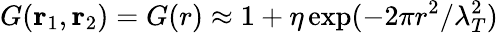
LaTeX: G(\mathbf{r}_{1},\mathbf{r}_{2})=G(r)\approx 1+\eta\exp(-2\pi r^{2}/\lambda_{T}^{2})